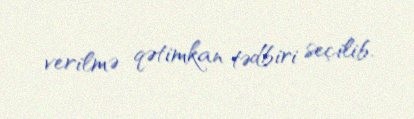
verilmə qətimkan tədbiri seçilib.